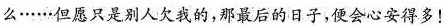
么·····但愿只是别人欠我的，那最后的日子，便会心安得多！